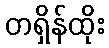
တရှိန်ထိုး